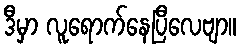
ဒီမှာ လူရောက်နေပြီလေဗျာ။